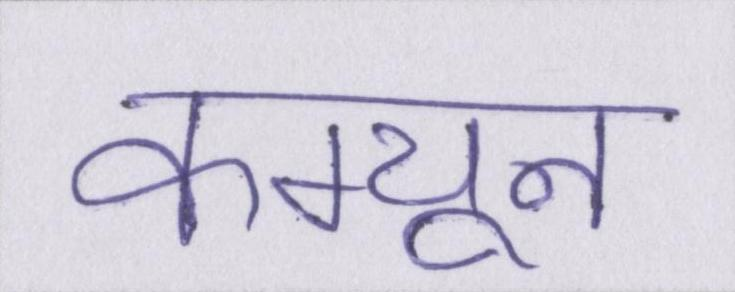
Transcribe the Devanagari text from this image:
कम्यून